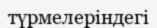
түрмелеріндегі